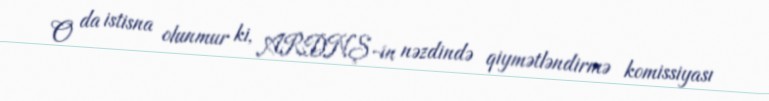
O da istisna olunmur ki, ARDNŞ-in nəzdində qiymətləndirmə komissiyası